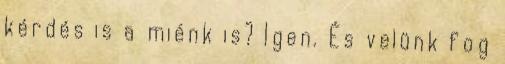
kérdés is a miénk is? Igen. És velünk fog